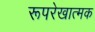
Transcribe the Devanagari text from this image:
रूपरेखात्मक